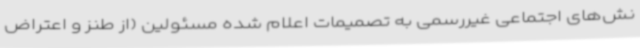
نش‌های اجتماعی غیررسمی به تصمیمات اعلام شده مسئولین (از طنز و اعتراض